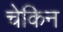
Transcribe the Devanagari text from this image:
चेकिन